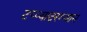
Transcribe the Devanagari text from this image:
टप्प्यादरम्यान